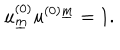
u _ { \underline { { { m } } } } ^ { ( 0 ) } u ^ { ( 0 ) \underline { { { m } } } } = 1 .